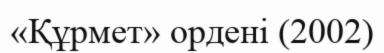
«Құрмет» ордені (2002)